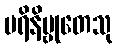
ပရိနိဗ္ဗုတေသု